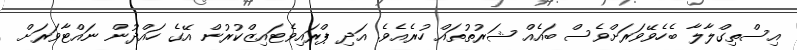
އިސްތިގްލާލާ ބެހެވޭވަރަށްވެސް ބައެއް ޝަރުތުތައް ހުރެއެވެ. އަދި ޕްރައިވެޓައިޒްކުރުން އޭގެ ހައްދުން ނައްޓާވަރަށް